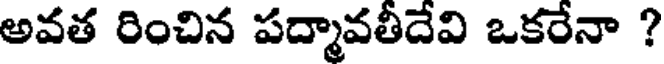
అవత రించిన పద్మావతీదేవి ఒకరేనా ?